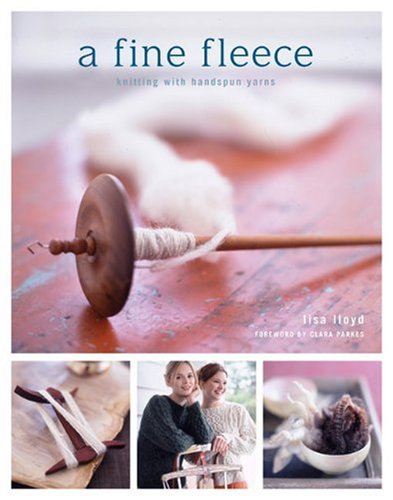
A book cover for A Fine Fleece: Knitting with Handspun Yarns; Lisa Lloyd; Crafts, Hobbies & Home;